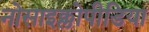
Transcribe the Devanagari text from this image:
नोसाइक्लोपीडिया